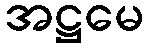
အဋ္ဌမေ